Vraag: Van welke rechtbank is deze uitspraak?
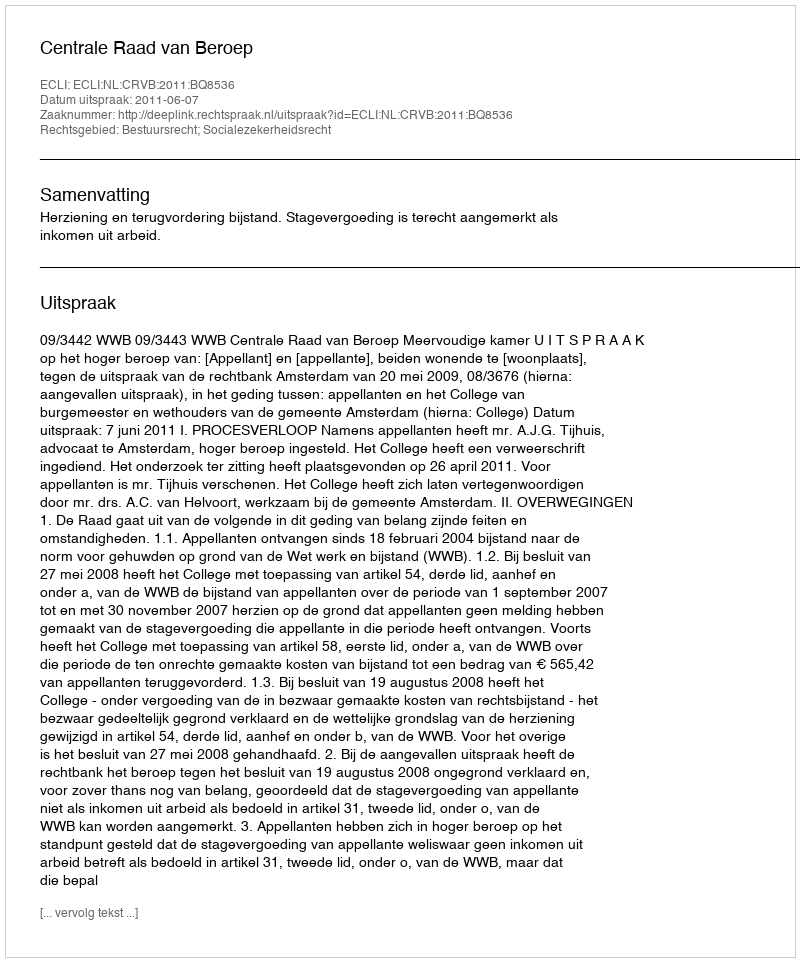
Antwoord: Centrale Raad van Beroep